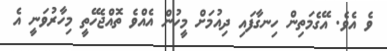
ވެ އެވެ. އޭގެމަތިން ހިނގާފައި ދިއުމަށް މީހުން އެއްވެ ތޮއްޖެހޭތީ މިހާރުވަނީ އެ